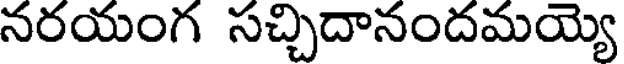
నరయంగ సచ్చిదానందమయ్యె